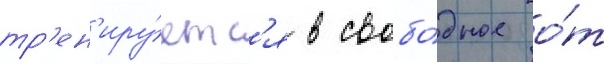
тр'ен'иру́етс'я в свобо́дное о́т